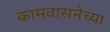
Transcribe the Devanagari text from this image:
कामवासनेच्या